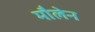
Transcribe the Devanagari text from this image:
मौलेन